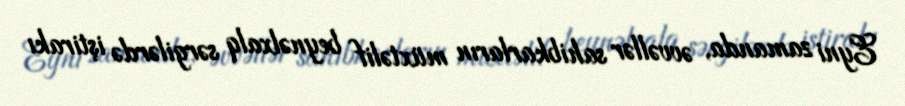
Eyni zamanda, əvvəllər sahibkarların müxtəlif beynəlxalq sərgilərdə iştirakı